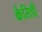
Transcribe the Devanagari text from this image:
केसिडी